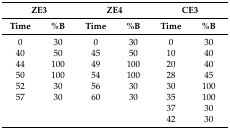
<table><thead><tr><td colspan="2"><b>ZE3</b></td><td colspan="2"><b>ZE4</b></td><td colspan="2"><b>CE3</b></td></tr><tr><td><b>Time</b></td><td><b>%B</b></td><td><b>Time</b></td><td><b>%B</b></td><td><b>Time</b></td><td><b>%B</b></td></tr></thead><tbody><tr><td>0</td><td>30</td><td>0</td><td>30</td><td>0</td><td>30</td></tr><tr><td>40</td><td>50</td><td>45</td><td>50</td><td>10</td><td>40</td></tr><tr><td>44</td><td>100</td><td>49</td><td>100</td><td>20</td><td>40</td></tr><tr><td>50</td><td>100</td><td>54</td><td>100</td><td>28</td><td>45</td></tr><tr><td>52</td><td>30</td><td>56</td><td>30</td><td>30</td><td>100</td></tr><tr><td>57</td><td>30</td><td>60</td><td>30</td><td>35</td><td>100</td></tr><tr><td rowspan="2" colspan="4"></td><td>37</td><td>30</td></tr><tr><td>42</td><td>30</td></tr></tbody></table>